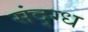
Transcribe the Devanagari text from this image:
संद्ग्ध